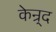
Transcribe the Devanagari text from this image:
केन्र्द